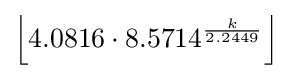
\left\lfloor 4.0816\cdot 8.5714^{\frac {k}{2.2449}}\right\rfloor